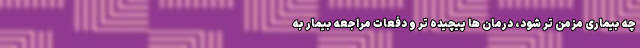
چه بیماری مزمن تر شود، درمان ها پیچیده تر و دفعات مراجعه بیمار به